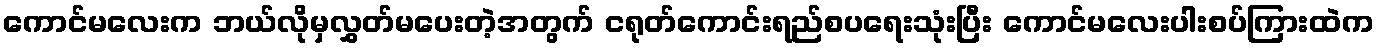
ကောင်မလေးက ဘယ်လိုမှလွှတ်မပေးတဲ့အတွက် ငရုတ်ကောင်းရည်စပရေးသုံးပြီး ကောင်မလေးပါးစပ်ကြားထဲက